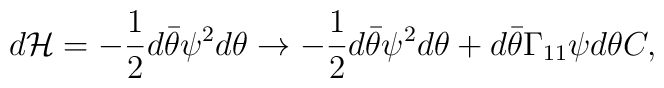
d {\cal H} = - {1\over 2} d \bar\theta \psi^2 d\theta \rightarrow - {1\over 2}d \bar\theta \psi^2 d \theta + d \bar\theta \Gamma_{11} \psi d \theta C,